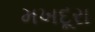
મખદૂરા